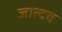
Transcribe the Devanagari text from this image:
जात्दव